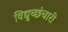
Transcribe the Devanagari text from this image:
विद्युच्छंचारी